Annual returns of the Patna Lunatic Asylum at Bankipore in Bihar and Orissa - 1912-1924
Year: 1912
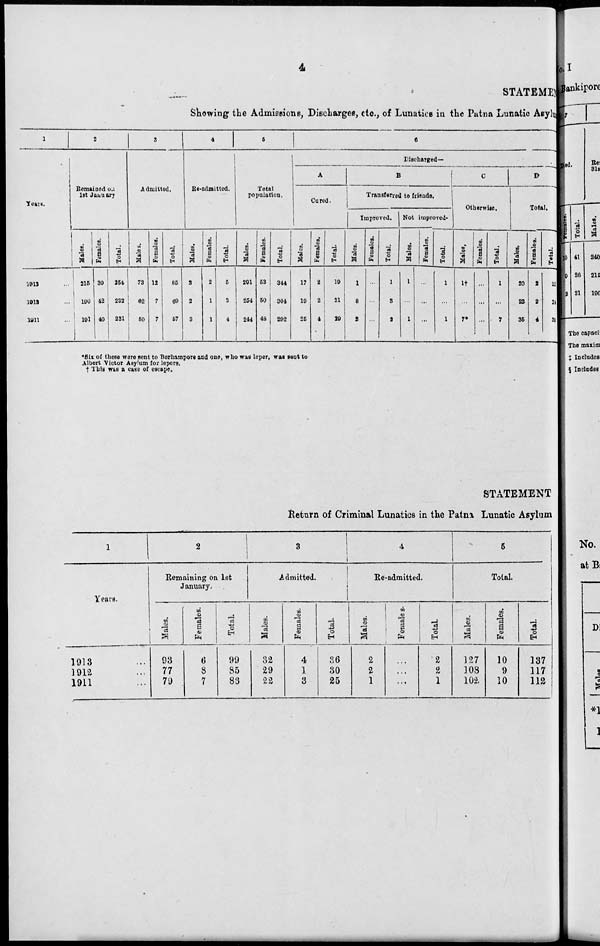
4
STATEMENT
Showing the Admissions, Discharges, etc., of Lunatics in the Patna Lunatic Asylum
1
Year.
1913 ...
1912 ...
1911...
2
Remained on
1st January
Males.
215
190
191
Females.
39
42
40
Total.
254
232
231
3
Admitted.
Males.
73
62
50
Females.
12
7
7
Total.
85
69
57
4
Re-admitted.
Males.
3
2
3
Females.
2
1
1
Total.
5
3
4
5
Total
population.
Males.
291
254
244
Females.
53
50
48
Total.
344
304
292
6
Discharged—
A
Cured.
Males.
17
10
25
Females.
2
2
4
Total.
19
21
29
B
Transferred to friends.
Improved.
Males.
1
8
2
Females.
...
...
...
Total.
1
3
3
Not improved.
Males.
1
...
1
Females.
...
...
...
Total.
1
...
1
C
Otherwise.
Malts.
1†
...
7*
Females.
...
...
...
Total.
1
...
7
D
Total.
Males.
20
22
35
Females.
2
2
4
Total.
22
24
39
* Six of these were sent to Berhampore and one, who was leper, was sent to
Albert Victor Asylum for lepers.
† This was a case of escape.
STATEMENT
Return of Criminal Lunatics in the Patna Lunatic Asylum
1
Years.
1913 ...
1912 ...
1911 ...
2
Remaining on 1st
January.
Males.
93
77
79
Females.
6
8
7
Total.
99
85
83
3
Admitted.
Males.
32
29
22
Females.
4
1
3
Total.
36
30
25
4
Re-admitted.
Males.
2
2
1
Females.
...
...
...
Total.
2
2
1
5
Total.
Males.
127
108
102
Females.
10
9
10
Total.
137
117
112